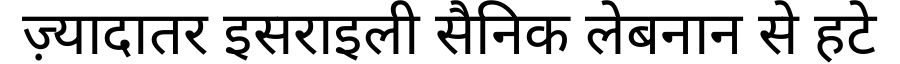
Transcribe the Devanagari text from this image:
ज़्यादातर इसराइली सैनिक लेबनान से हटे